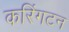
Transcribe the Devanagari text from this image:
करिंगटन